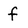
Character: f